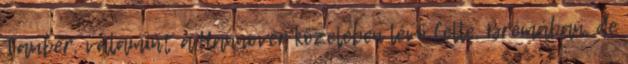
Tauber, valamint a Hannover közelében lévő Celle. Brémában, de